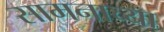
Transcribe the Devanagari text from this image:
सामनाच्या